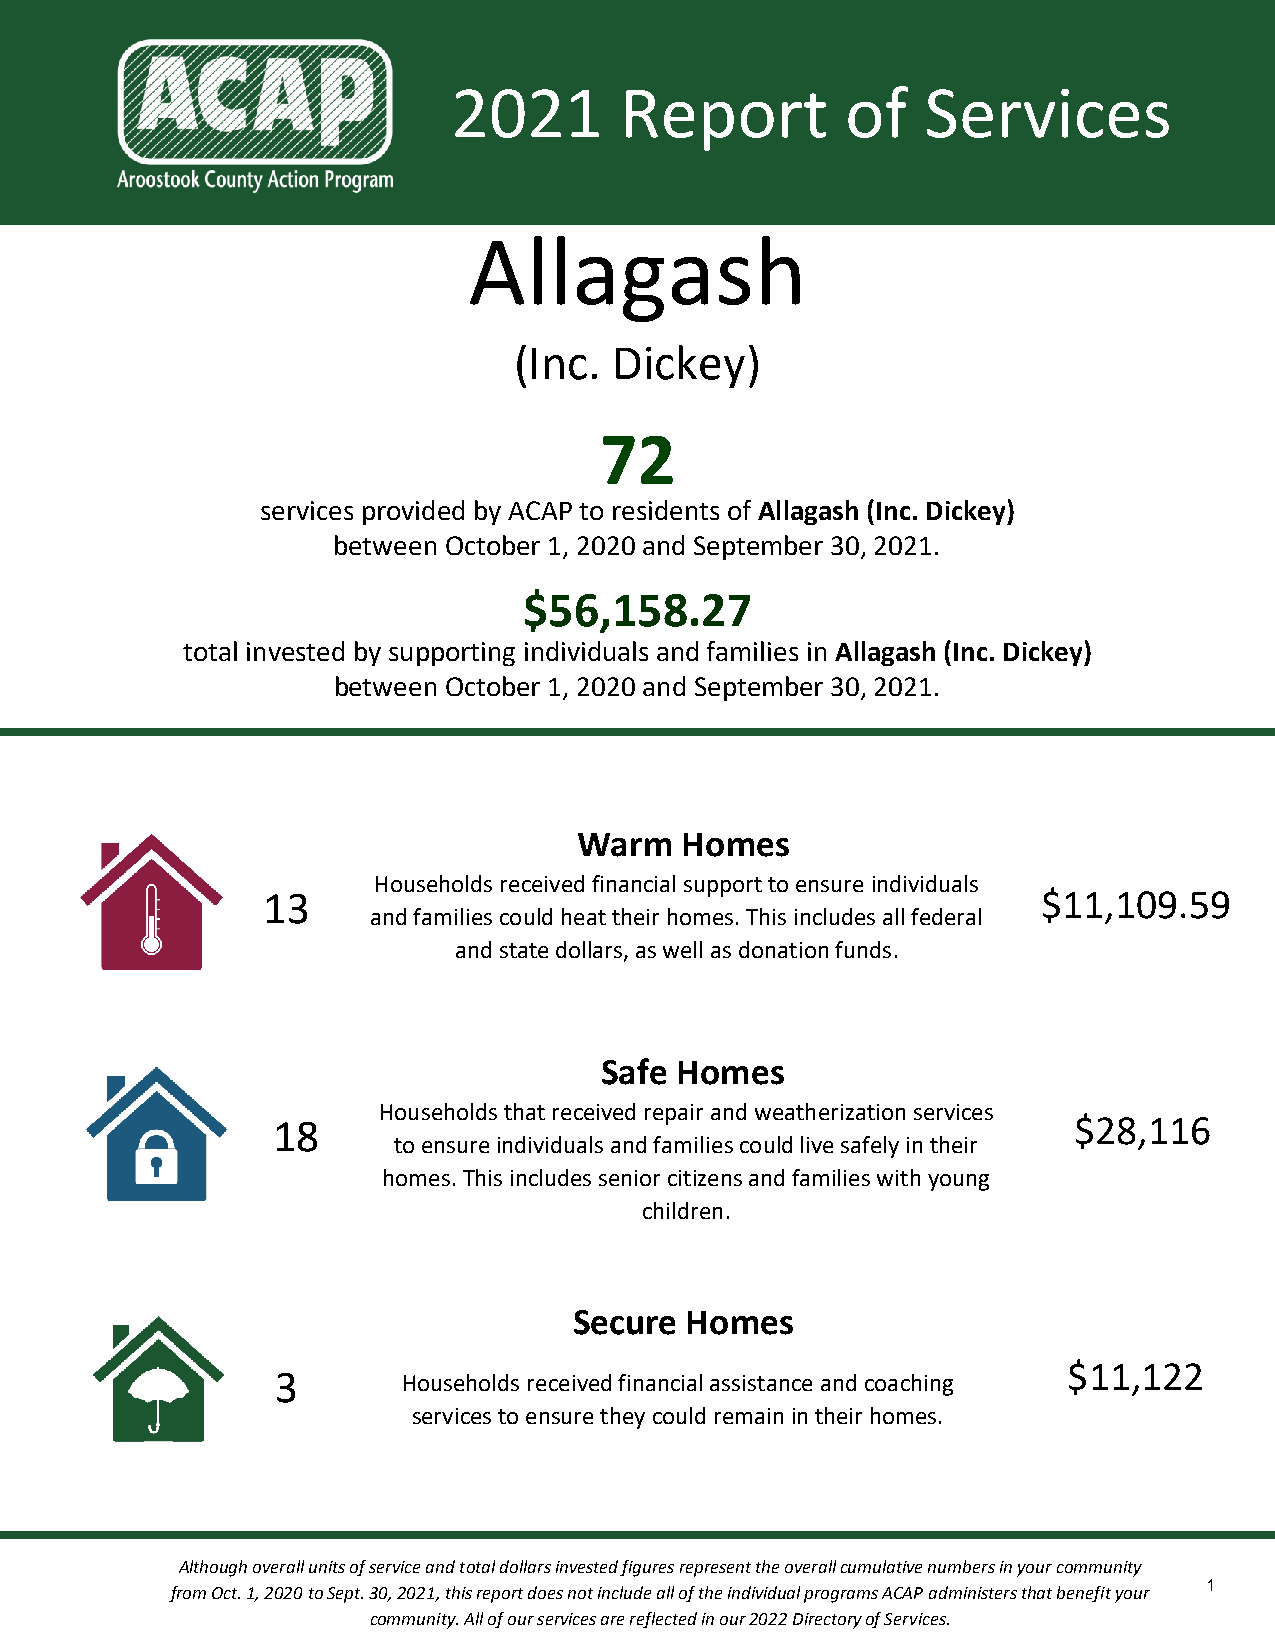
2021       Report         of   Services
 Allagash
 (Inc.  Dickey)
 72
 services provided by ACAP to residents of Allagash (Inc. Dickey)
 between October 1, 2020 and September 30, 2021.
 $56,158.27
 total invested by supporting individuals and families in Allagash (Inc. Dickey)
 between October 1, 2020 and September 30, 2021.
 Warm   Homes
 Households received financial support to ensure individuals
 13                                                  $11,109.59
 and families could heat their homes. This includes all federal
 and state dollars, as well as donation funds.
 Safe Homes
 Households that received repair and weatherization services
 18                                                   $28,116
 to ensure individuals and families could live safely in their
 homes. This includes senior citizens and families with young
 children.
 Secure Homes
 $11,122
 3        Households received financial assistance and coaching
 services to ensure they could remain in their homes.
 Although overall units of service and total dollars invested figures represent the overall cumulative numbers in your community
 1
 from Oct. 1, 2020 to Sept. 30, 2021, this report does not include all of the individual programs ACAP administers that benefit your
 community. All of our services are reflected in our 2022 Directory of Services.